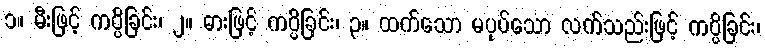
၁။ မီးဖြင့် ကပ္ပိခြင်း၊ ၂။ ဓားဖြင့် ကပ္ပိခြင်း၊ ၃။ ထက်သော မပုပ်သော လက်သည်းဖြင့် ကပ္ပိခြင်း၊